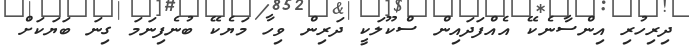
ދިރިހުރި އިންސާނެކޭ އެއްފަދައިން ސްކޫލަކީ ދަރިން ވިހާ މަޔެކޭ ބުނެފިނަމަ ގިނަ ބަޔަކަށް